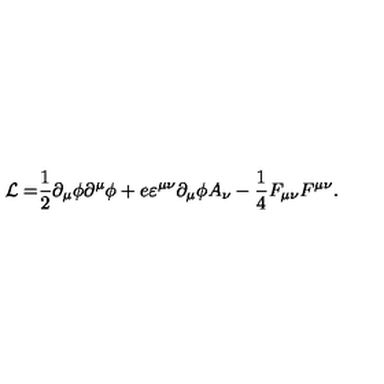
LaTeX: \mathcal { L = } \frac { 1 } { 2 } \partial _ { \mu } \phi \partial ^ { \mu } \phi + e \varepsilon ^ { \mu \nu } \partial _ { \mu } \phi A _ { \nu } - \frac { 1 } { 4 } F _ { \mu \nu } F ^ { \mu \nu } .